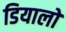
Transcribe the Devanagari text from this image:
डियालो